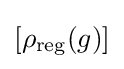
[\rho _{\text{reg}}(g)]